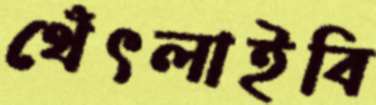
থেঁৎলাইবি